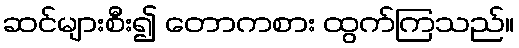
ဆင်များစီး၍ တောကစား ထွက်ကြသည်။